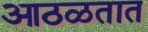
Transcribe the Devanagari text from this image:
आठळतात